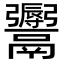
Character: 𩱨